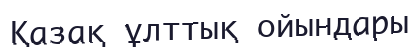
Қазақ ұлттық ойындары